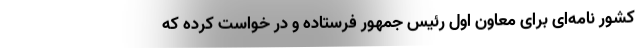
کشور نامه‌ای برای معاون اول رئیس جمهور فرستاده و در خواست کرده که